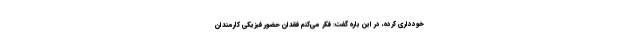
خودداری کرده، در این باره گفت: فکر می‌کنم فقدان حضور فیزیکی کارمندان